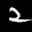
Label: 2